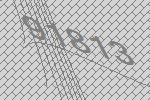
91813